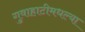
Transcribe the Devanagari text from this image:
गुवाहाटीमधल्या